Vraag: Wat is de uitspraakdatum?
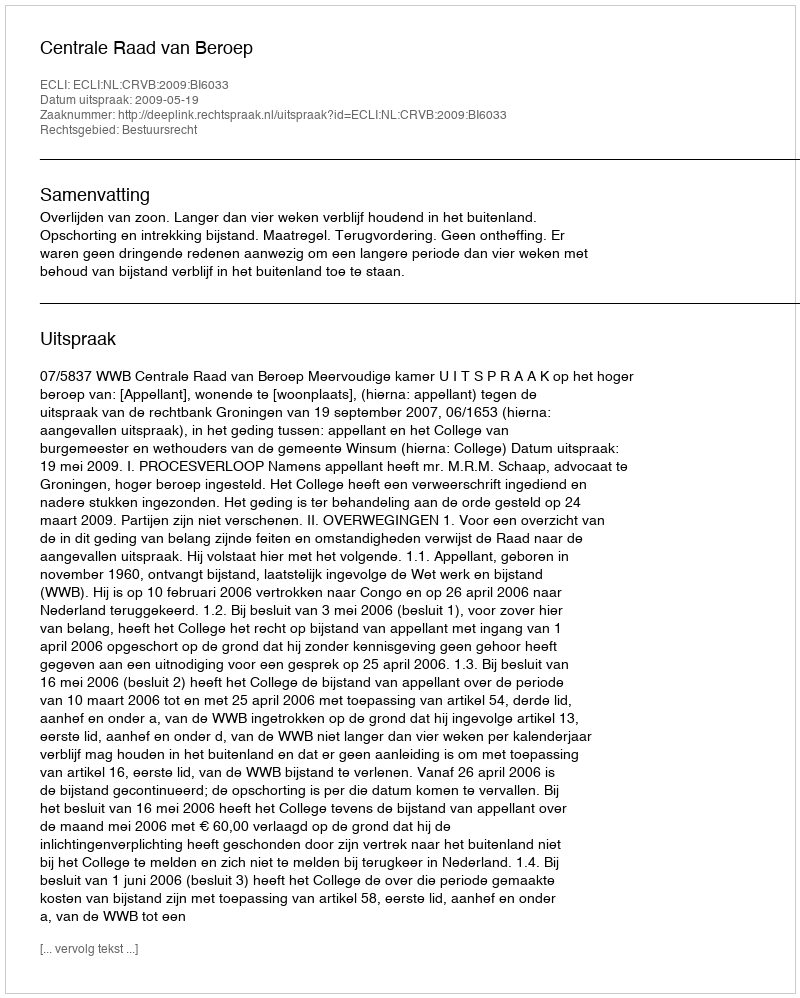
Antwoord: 2009-05-19